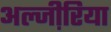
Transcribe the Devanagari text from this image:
अल्जी़रिया